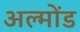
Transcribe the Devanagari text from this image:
अल्मोंड